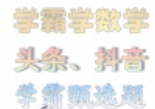
学霸学数学
头条、抖音
学霸聊选题